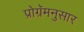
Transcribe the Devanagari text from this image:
प्रोग्रॅमनुसार